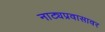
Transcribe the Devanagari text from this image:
नाट्यप्रवासावर